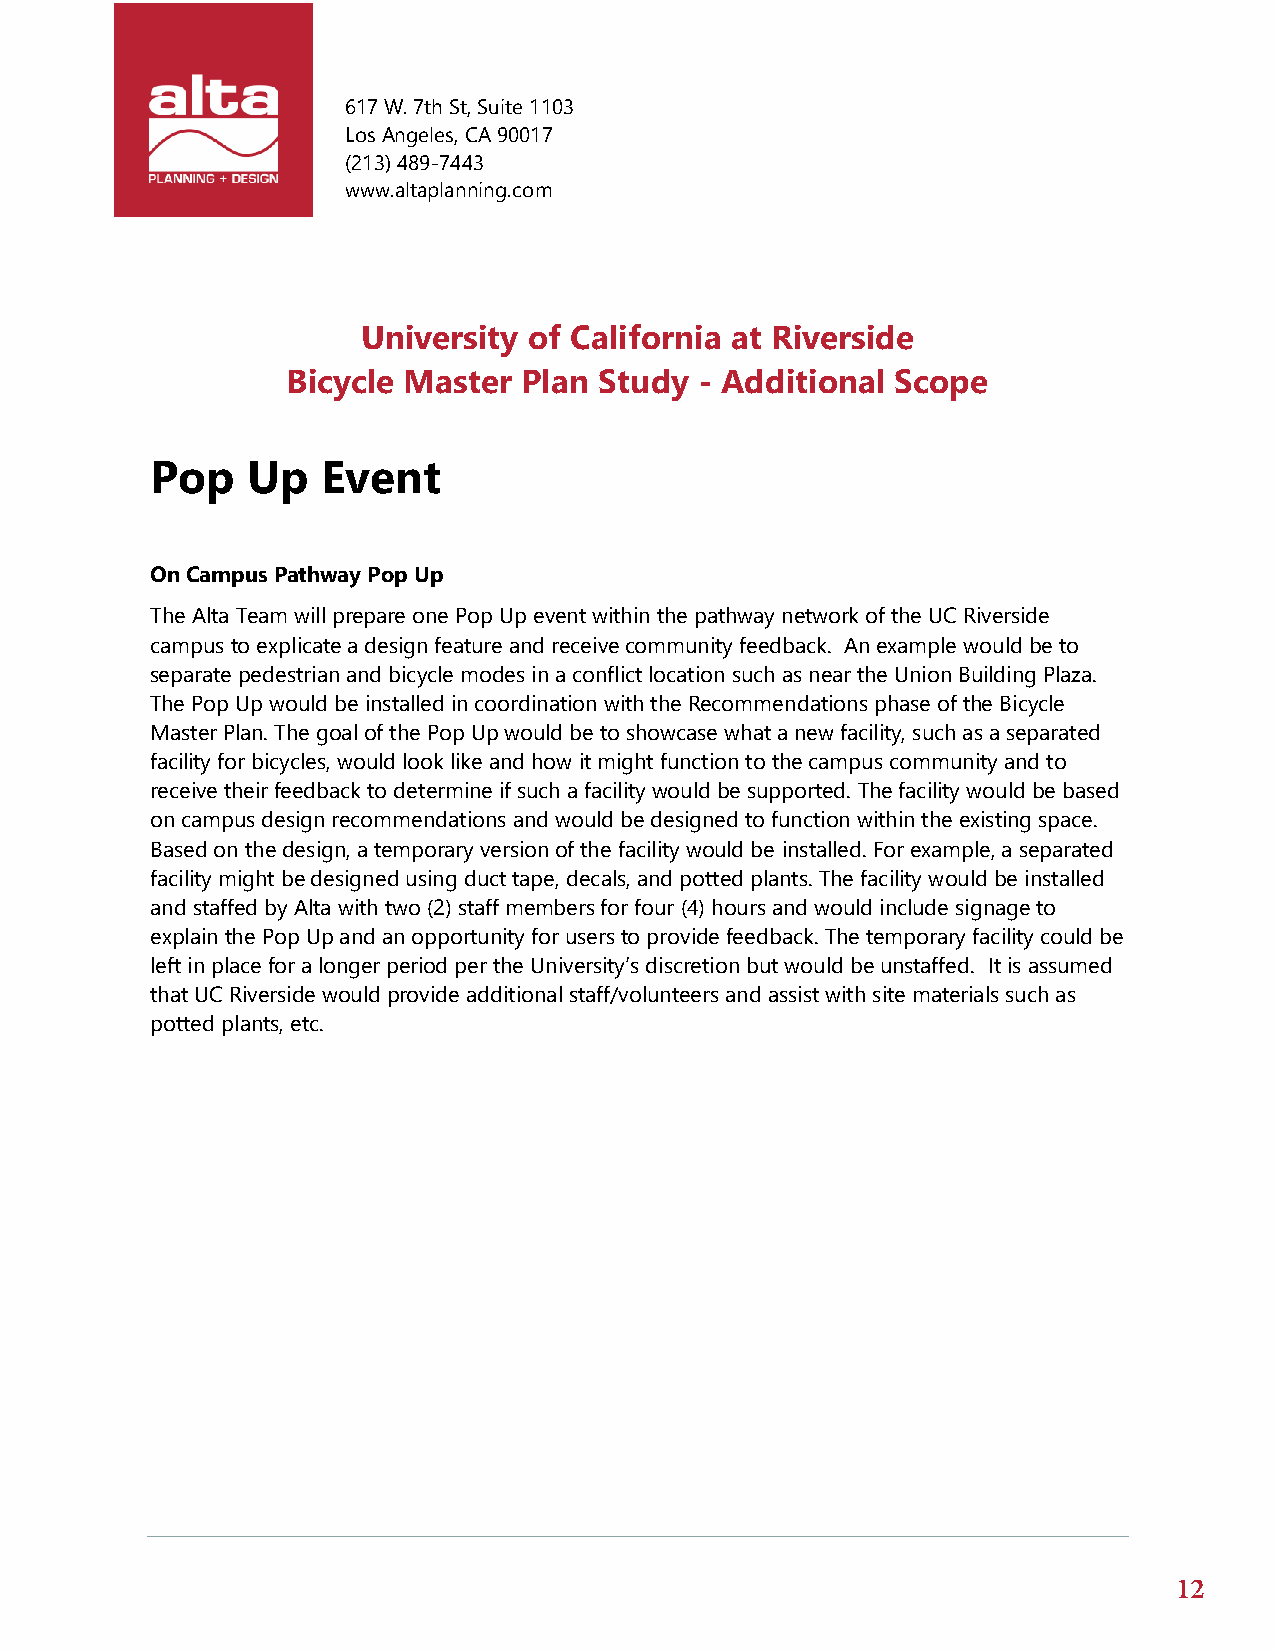
617 W. 7th St, Suite 1103
 Los Angeles, CA 90017
 (213)489-7443
 www.altaplanning.com
 University of California at Riverside
 Bicycle Master  Plan Study - Additional Scope
 Pop   Up   Event
 On Campus Pathway Pop Up
 The Alta Team will prepare one Pop Up event within the pathway network of the UC Riverside
 campus to explicate a design feature and receive community feedback. An example would be to
 separate pedestrian and bicycle modes in a conflict location such as near the Union Building Plaza.
 The Pop Up would be installed in coordination with the Recommendations phase of the Bicycle
 Master Plan. The goal of the Pop Up would be to showcase what a new facility, such as a separated
 facility for bicycles, would look like and how it might function to the campus community and to
 receive their feedback to determine if such a facility would be supported. The facility would be based
 on campus design recommendations and would be designed to function within the existing space.
 Based on the design, a temporary version of the facility would be installed. For example, a separated
 facility might be designed using duct tape, decals, and potted plants. The facility would be installed
 and staffed by Alta with two (2) staff members for four (4) hours and would include signage to
 explain the Pop Up and an opportunity for users to provide feedback. The temporary facility could be
 left in place for a longer period per the University’s discretion but would be unstaffed. It is assumed
 that UC Riverside would provide additional staff/volunteers and assist with site materials such as
 potted plants, etc.
 12